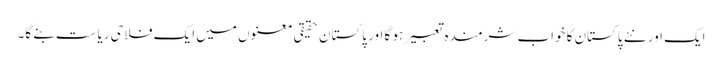
ایک اور نئے پاکستان کا خواب شرمندہ تعبیر ہو گا اور پاکستان حقیقی معنوں میں ایک فلاحی ریاست بنے گا۔